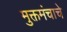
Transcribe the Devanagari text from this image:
मुक्तमंचाचे